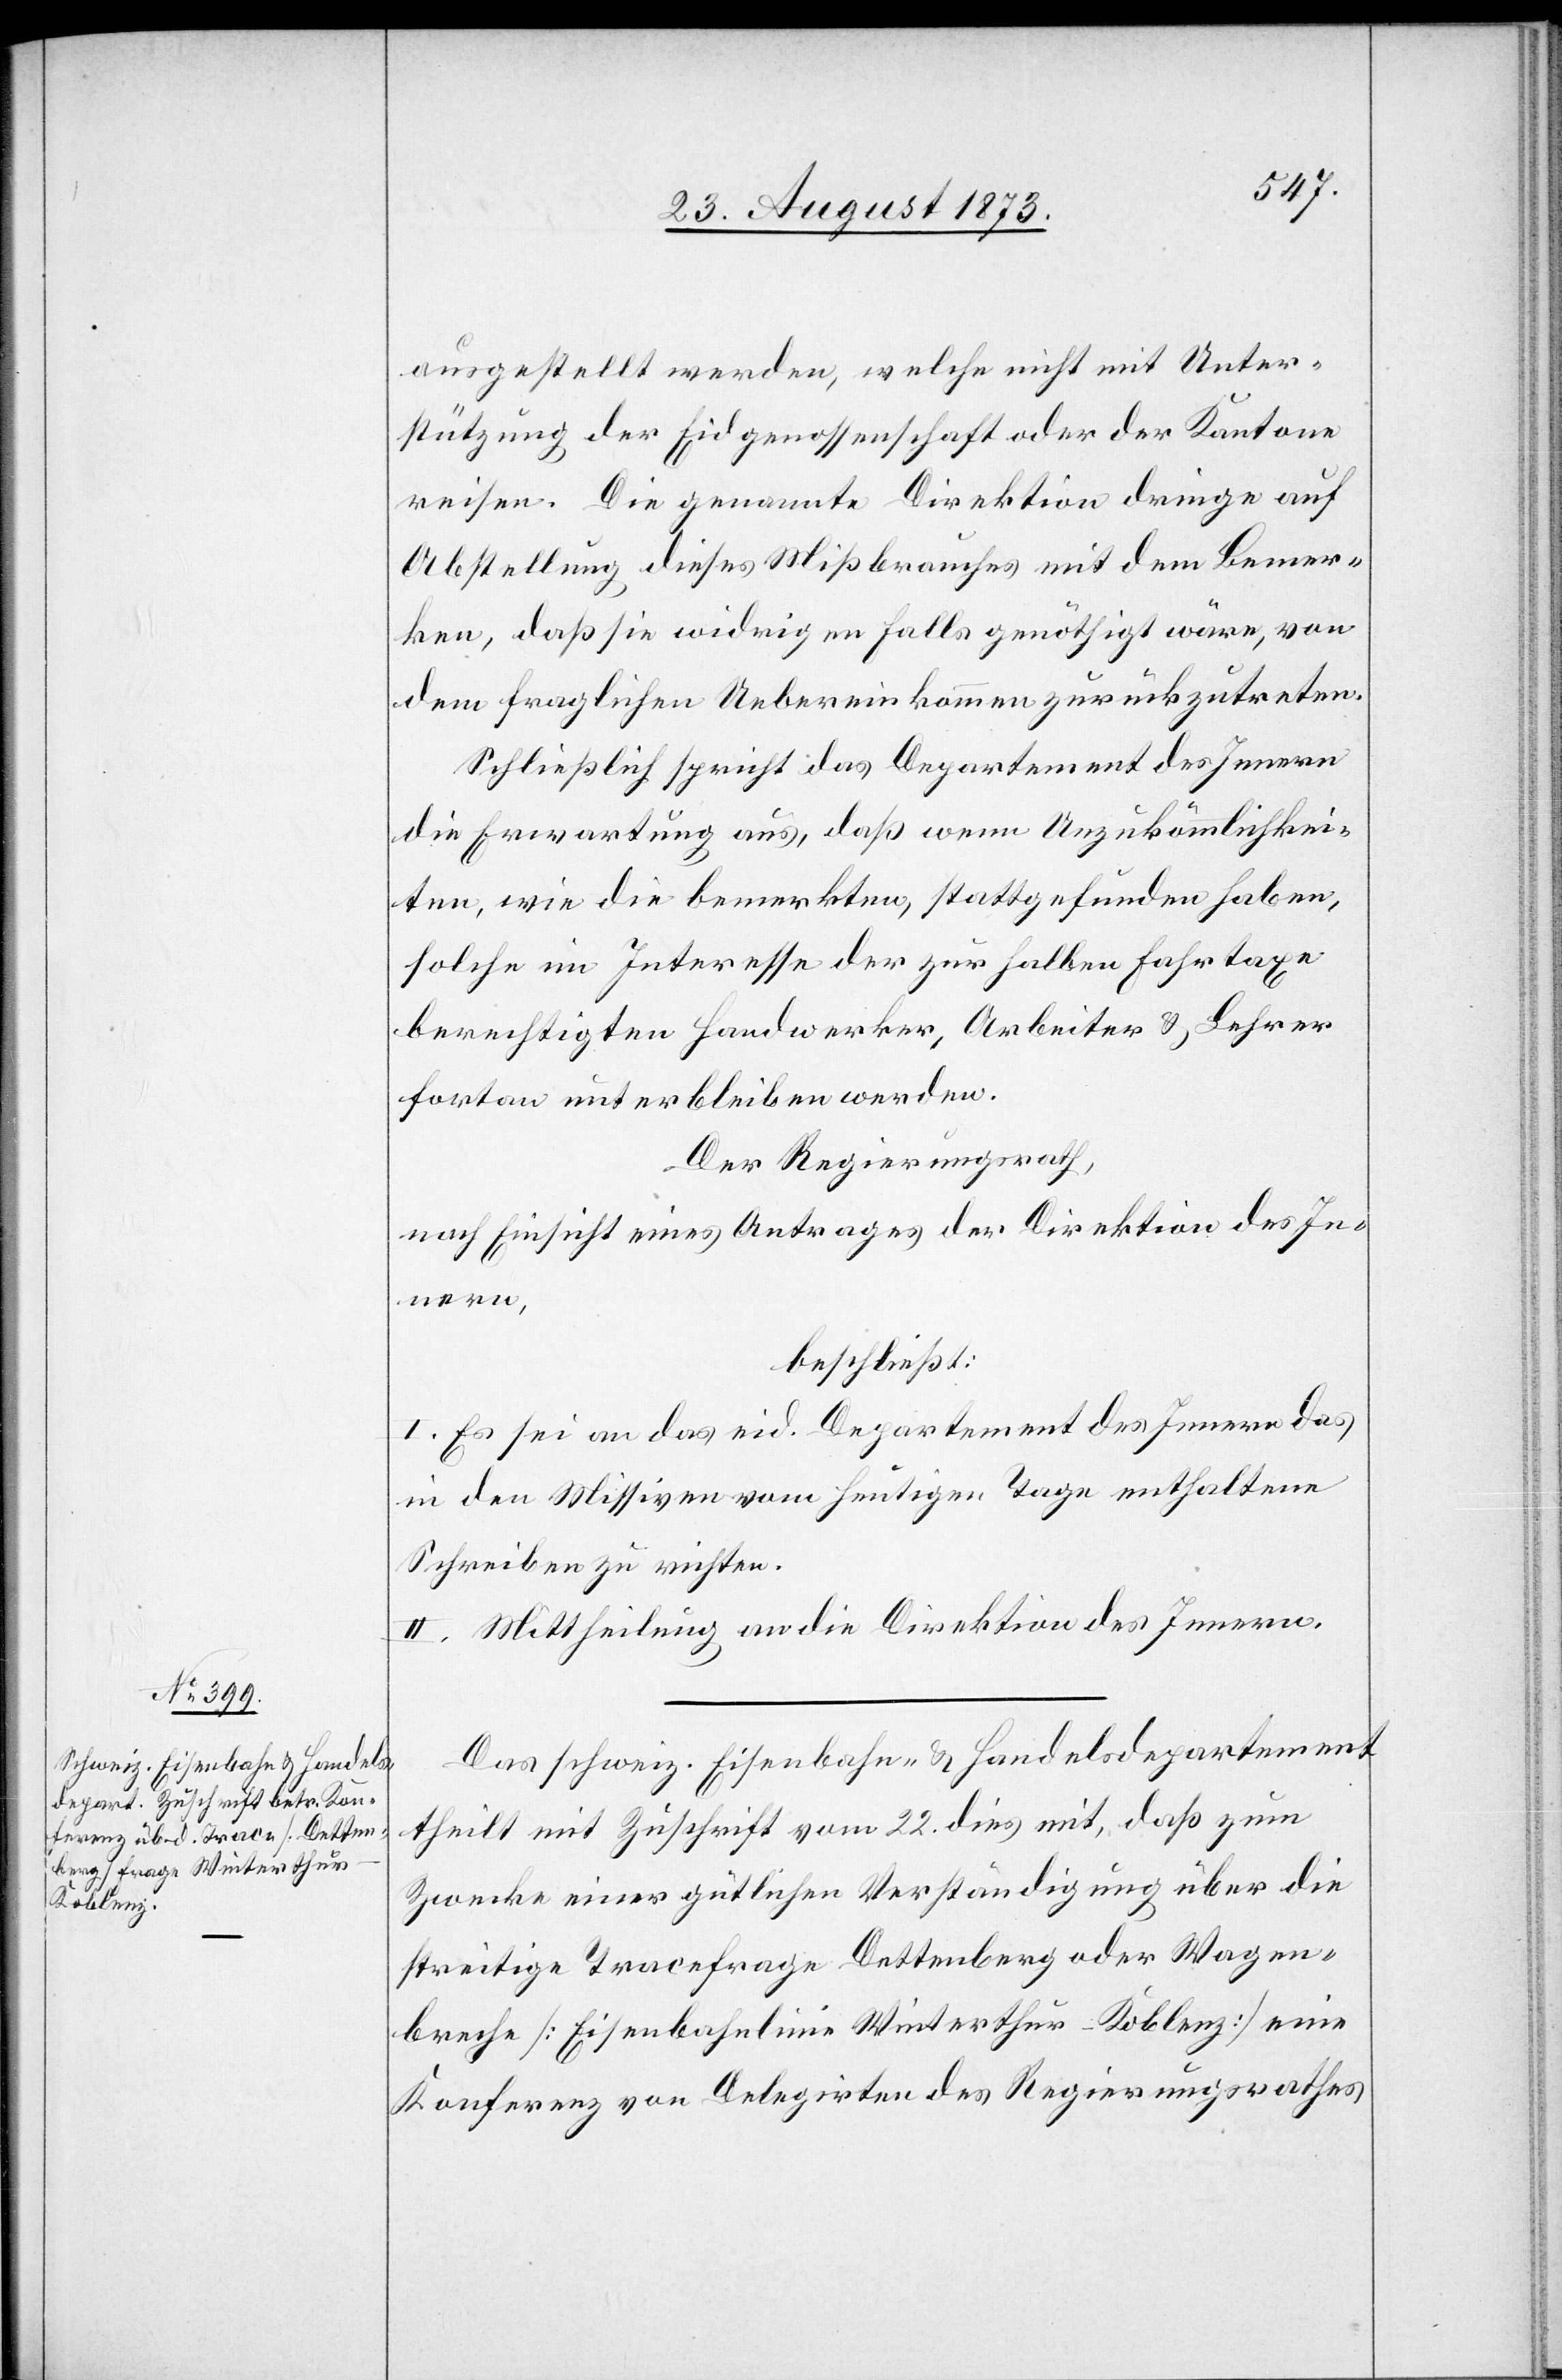
ausgestellt werden, welche nicht mit Unter¬
stützung der Eidgenossenschaft oder der Kantone
reisen. Die genannte Direktion dringe auf
Abstellung dieses Mißbrauches mit dem Bemer¬
ken, daß sie widrigen Falls genöthigt wäre, von
dem fraglichen Uebereinkommen zurückzutreten.
Schließlich spricht das Departement des Innern
die Erwartung aus, daß wenn Unzukömmlichkei¬
ten, wie die bemerkten, stattgefunden haben,
solche im Interesse der zur halben Fahrtaxe
berechtigten Handwerker, Arbeiter & Lehrer
fortan unterbleiben werden.
Der Regierungsrath,
nach Einsicht eines Antrages der Direktion des In¬
nern,
beschließt:
I. Es sei an das eid. Departement des Innern das
in den Missiven vom heutigen Tage enthaltene
Schreiben zu reichten.
II. Mittheilung an die Direktion des Innern.
Das schweiz. Eisenbahn- & Handelsdepartement
theilt mit Zuschrift vom 22. dies mit, daß zum
Zwecke einer gütlichen Verständigung über die
streitige Tracefrage Dettenberg oder Wagen¬
breche [Eisenbahnlinie Winterthur–Koblenz] eine
Konferenz von Delegirten des Regierungsrathes